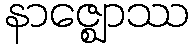
နာဇ္ဈောဿ